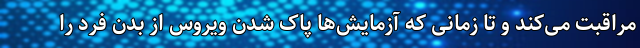
مراقبت می‌کند و تا زمانی که آزمایش‌ها پاک شدن ویروس از بدن فرد را